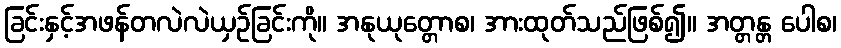
ခြင်းနှင့်အဖန်တလဲလဲယှဉ်ခြင်းကို။ အနုယုတ္တောစ၊ အားထုတ်သည်ဖြစ်၍။ အတ္တန္တ ပေါစ၊